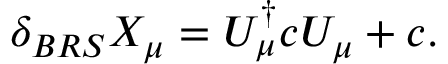
\delta _ { B R S } X _ { \mu } = U _ { \mu } ^ { \dagger } c U _ { \mu } + c .